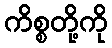
ကိစ္စတို့ကို